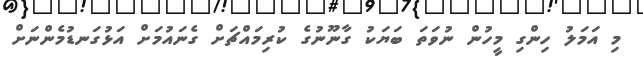
މި އަމަލު ހިންގި މީހުން ނުވަތަ ބަޔަކު ގާނޫނުގެ ކުރިމައްޗަށް ގެނައުމަށް އަޅުގަނޑުމެންނަށް